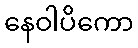
နေဝါပိကော